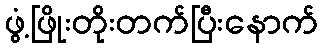
ဖွံ့ဖြိုးတိုးတက်ပြီးနောက်